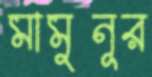
মামুনূর